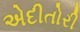
એદીતોરી